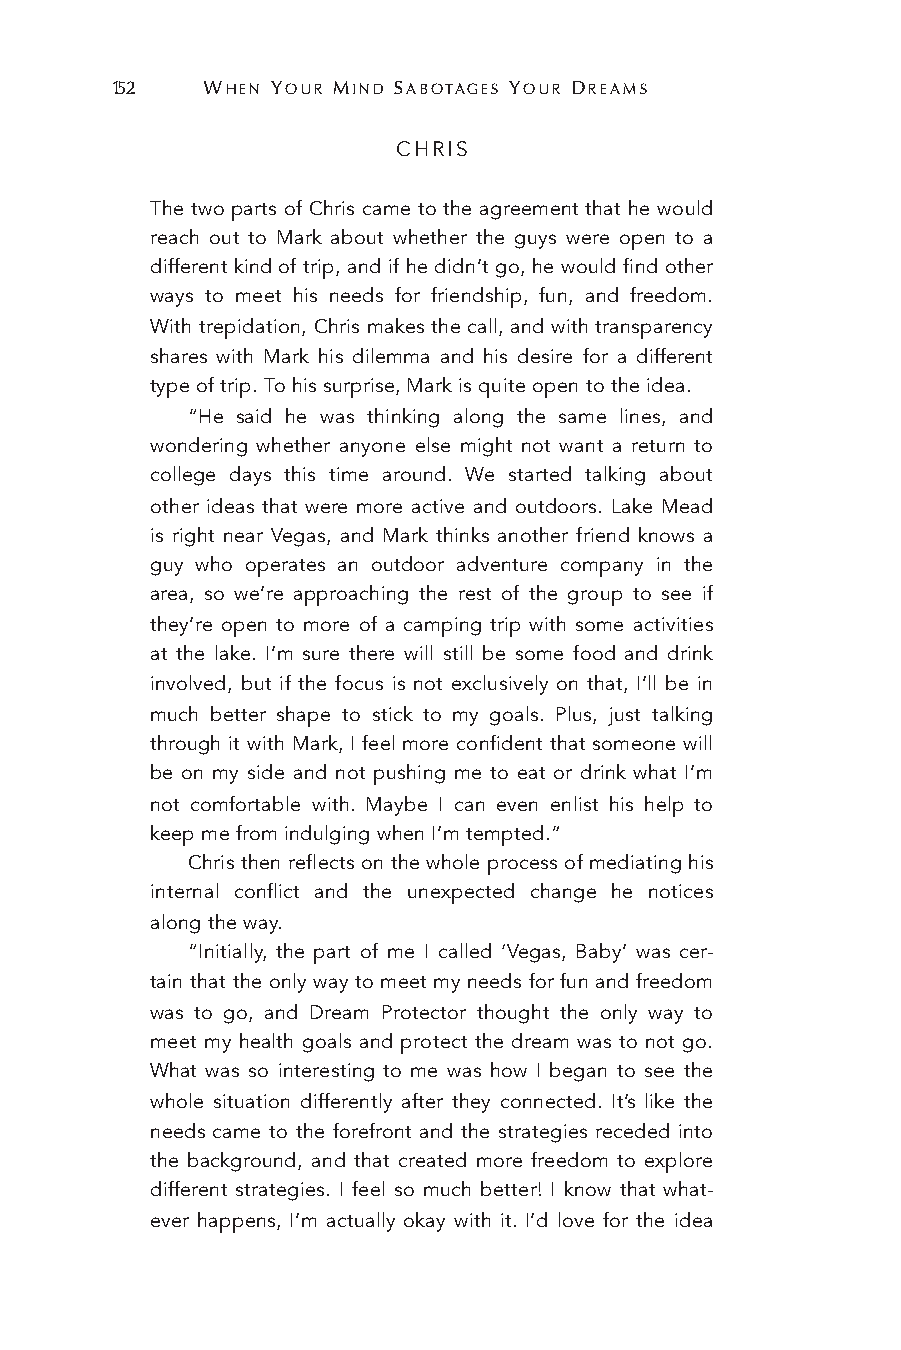
152   WHEN YOUR MIND SABOTAGES YOUR DREAMS
 CHRIS
 The two parts of Chris came to the agreement that he would
 reach out to Mark about whether the guys were open to a
 different kind of trip, and if he didn’t go, he would find other
 ways to meet his needs for friendship, fun, and freedom.
 With trepidation, Chris makes the call, and with transparency
 shares with Mark his dilemma and his desire for a different
 type of trip. To his surprise, Mark is quite open to the idea.
 “He said he was thinking along the same lines, and
 wondering whether anyone else might not want a return to
 college days this time around. We started talking about
 other ideas that were more active and outdoors. Lake Mead
 is right near Vegas, and Mark thinks another friend knows a
 guy who operates an outdoor adventure company in the
 area, so we’re approaching the rest of the group to see if
 they’re open to more of a camping trip with some activities
 at the lake. I’m sure there will still be some food and drink
 involved, but if the focus is not exclusively on that, I’ll be in
 much better shape to stick to my goals. Plus, just talking
 through it with Mark, I feel more confident that someone will
 be on my side and not pushing me to eat or drink what I’m
 not comfortable with. Maybe I can even enlist his help to
 keep me from indulging when I’m tempted.”
 Chris then reflects on the whole process of mediating his
 internal conflict and the unexpected change he notices
 along the way.
 “Initially, the part of me I called ‘Vegas, Baby’ was cer-
 tain that the only way to meet my needs for fun and freedom
 was to go, and Dream Protector thought the only way to
 meet my health goals and protect the dream was to not go.
 What was so interesting to me was how I began to see the
 whole situation differently after they connected. It’s like the
 needs came to the forefront and the strategies receded into
 the background, and that created more freedom to explore
 different strategies. I feel so much better! I know that what-
 ever happens, I’m actually okay with it. I’d love for the idea